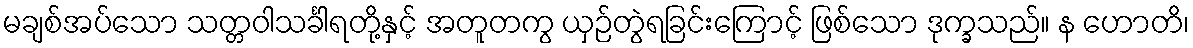
မချစ်အပ်သော သတ္တဝါသင်္ခါရတို့နှင့် အတူတကွ ယှဉ်တွဲရခြင်းကြောင့် ဖြစ်သော ဒုက္ခသည်။ န ဟောတိ၊